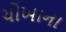
ચોખાના